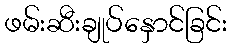
ဖမ်းဆီးချုပ်နှောင်ခြင်း